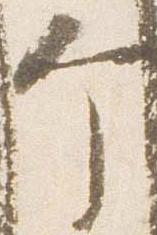
个